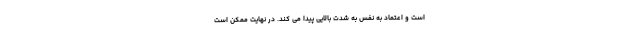
است و اعتماد به نفس به شدت بالایی پیدا می کند. در نهایت ممکن است